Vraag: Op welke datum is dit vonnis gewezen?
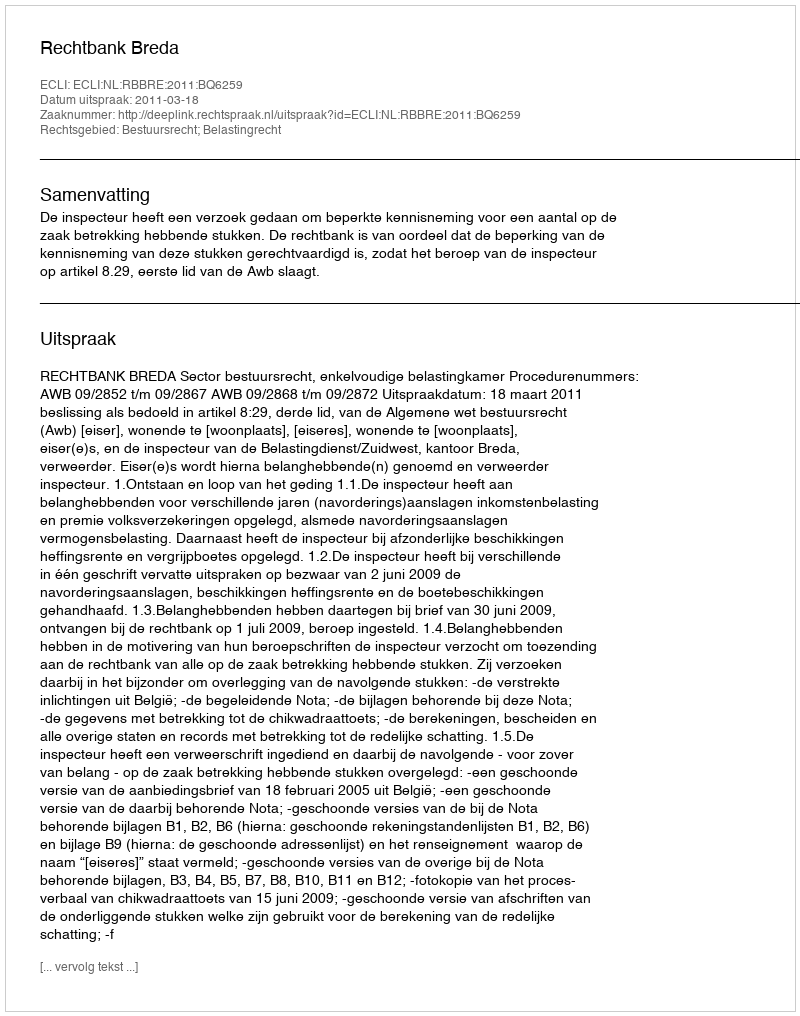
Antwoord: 2011-03-18